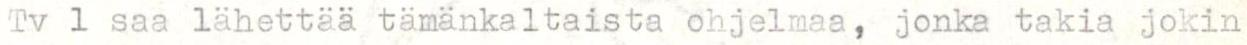
Tv 1 saa lähettää tämänkaltaista ohjelmaa, jonka takia jokin